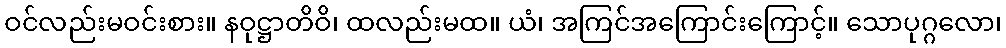
ဝင်လည်းမဝင်းစား။ နဝုဋ္ဌာတိဝိ၊ ထလည်းမထ။ ယံ၊ အကြင်အကြောင်းကြောင့်။ သောပုဂ္ဂလော၊